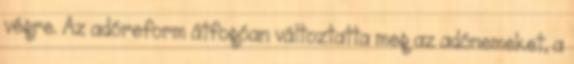
végre. Az adóreform átfogóan változtatta meg az adónemeket, a